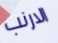
الارنب